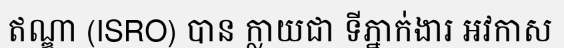
ឥណ្ឌា (ISRO) បាន ក្លាយជា ទីភ្នាក់ងារ អវកាស